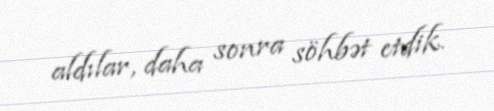
aldılar, daha sonra söhbət etdik.